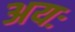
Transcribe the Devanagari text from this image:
अयः